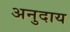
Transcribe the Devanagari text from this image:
अनुदाय